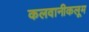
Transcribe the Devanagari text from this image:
कलवानीकलूम